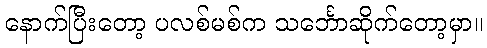
နောက်ပြီးတော့ ပလစ်မစ်က သင်္ဘောဆိုက်တော့မှာ။